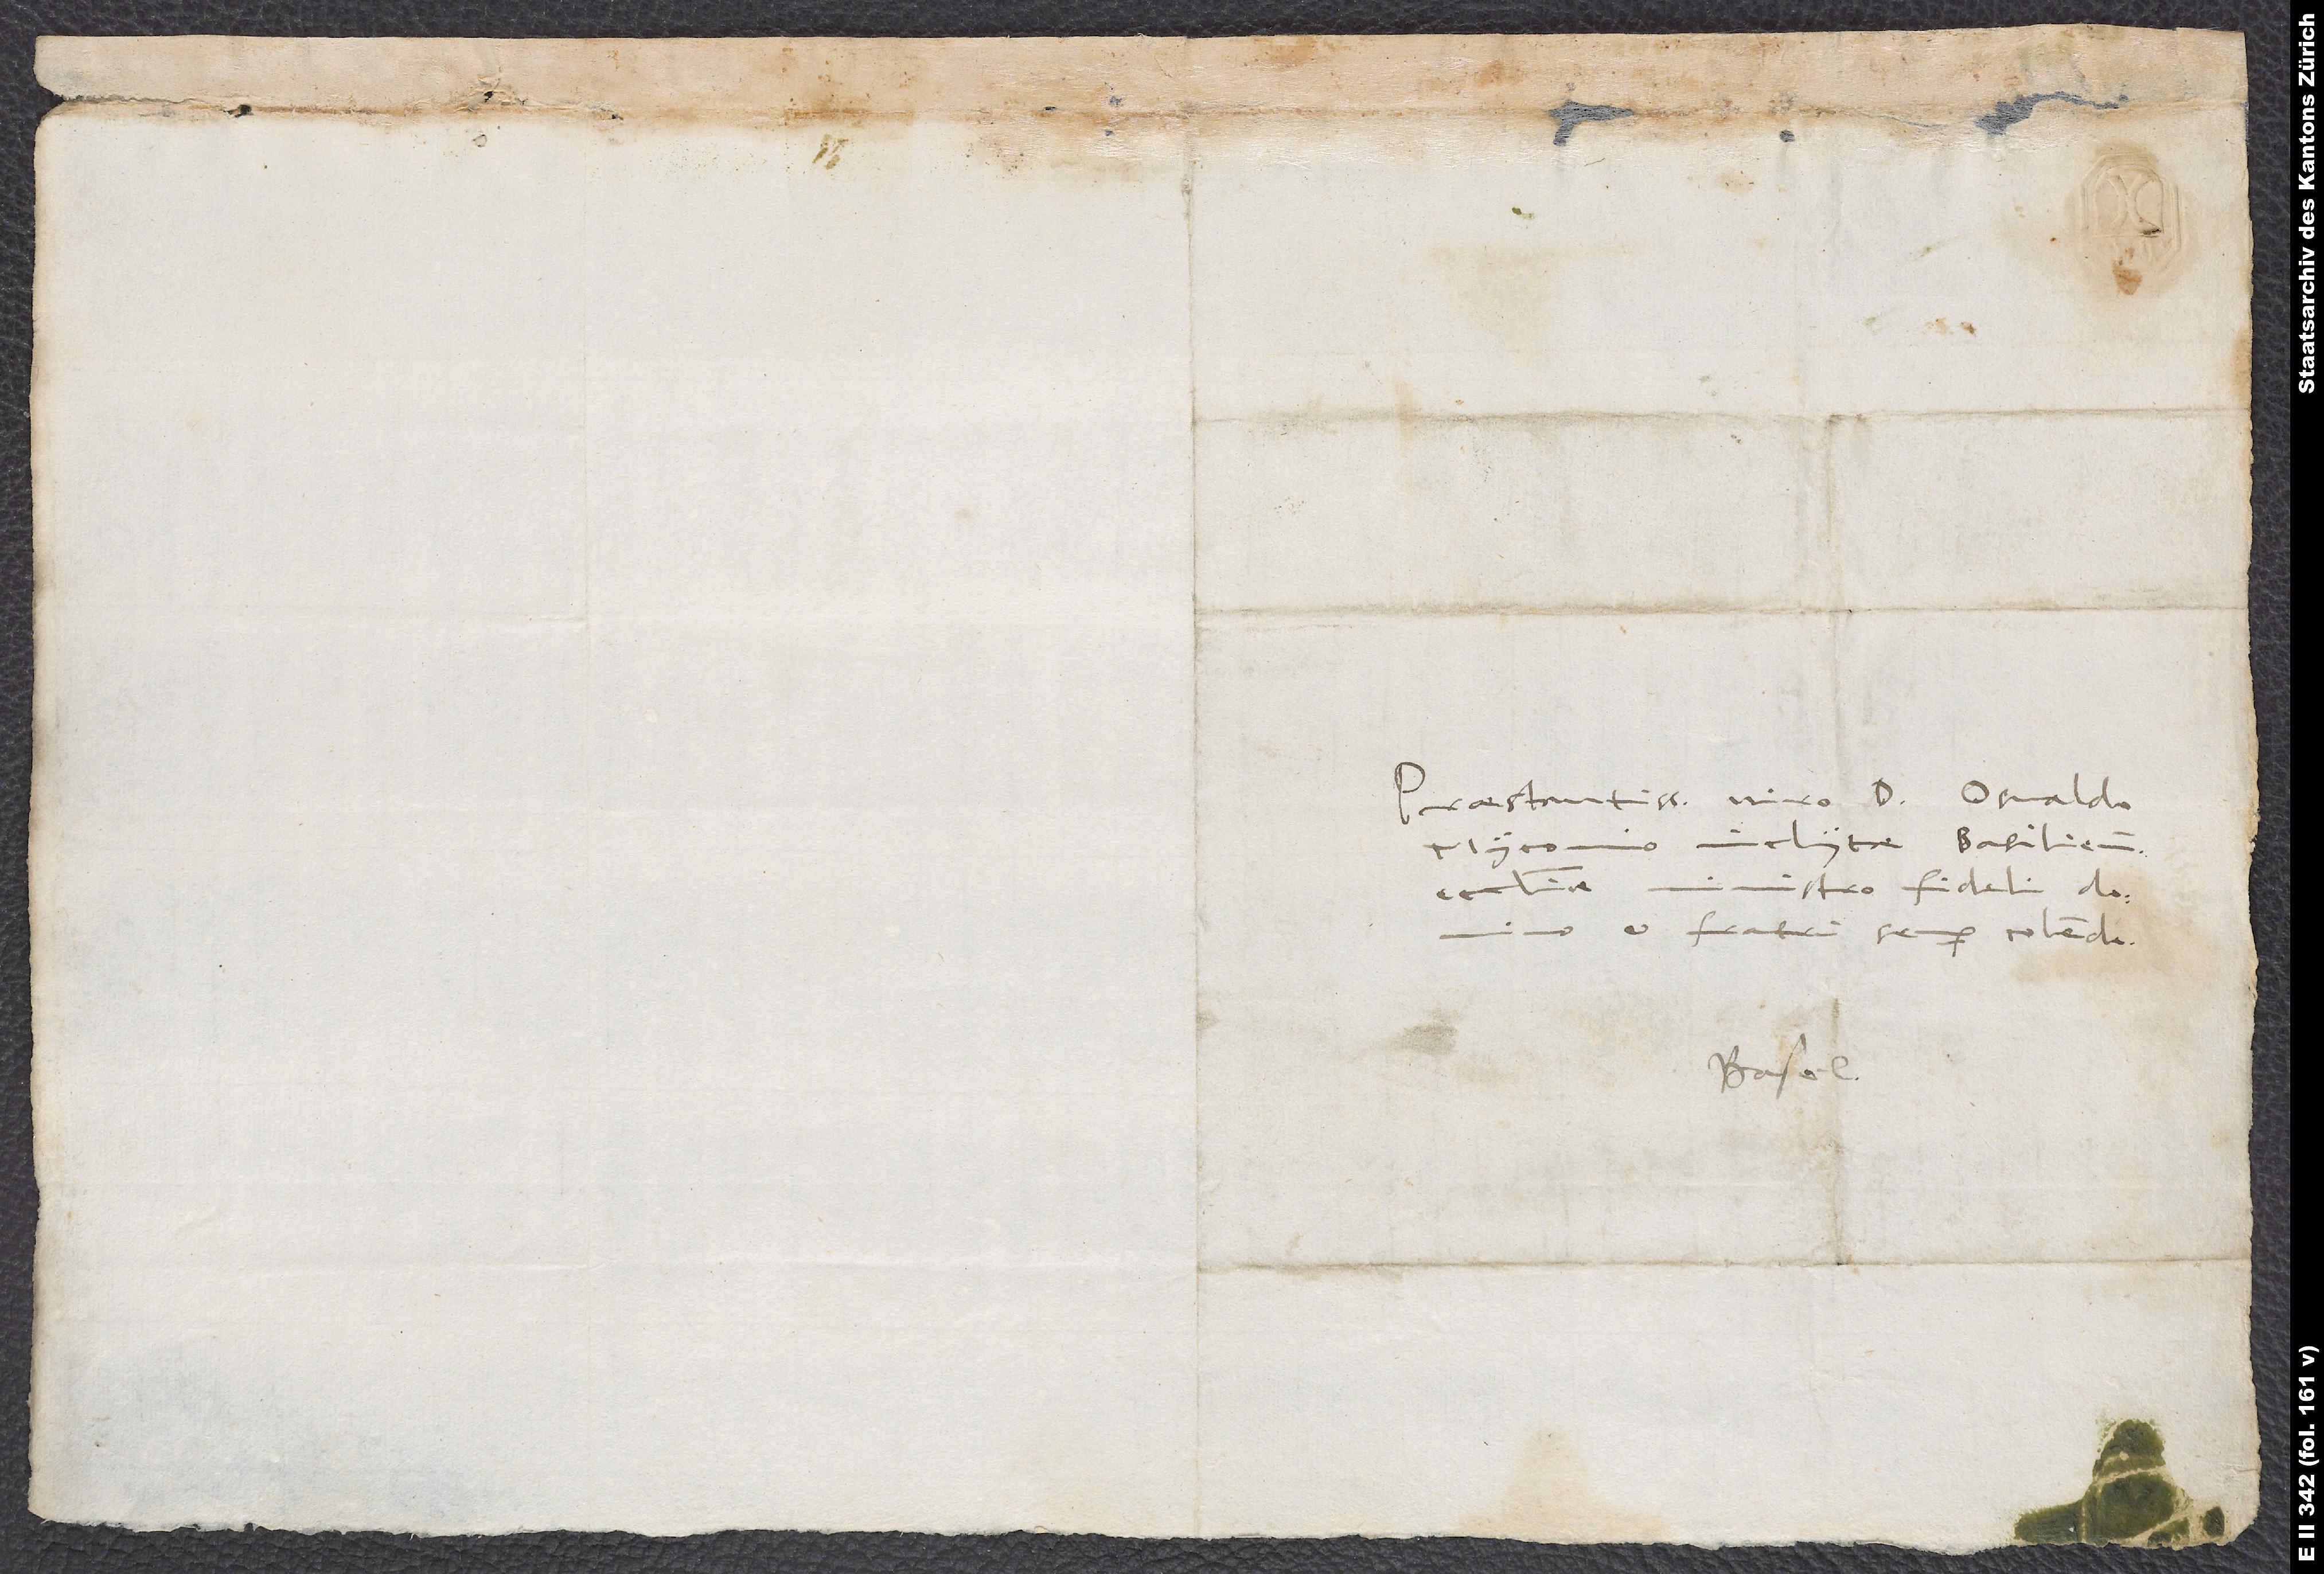
Praestantissimo viro d. Osvaldo
Myconio, inclytae Basiliensis
ecclesiae ministro fideli, domino
et fratri semper colendo.
Basel.